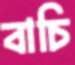
বাচি